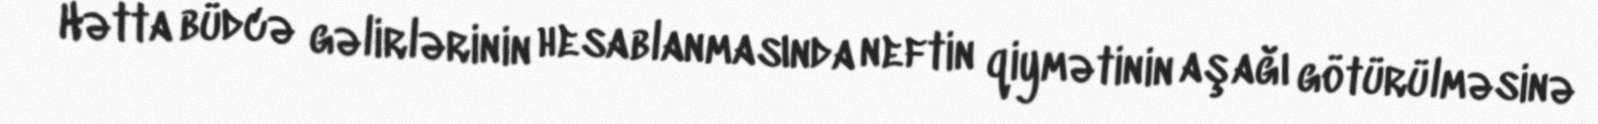
Hətta büdcə gəlirlərinin hesablanmasında neftin qiymətinin aşağı götürülməsinə